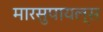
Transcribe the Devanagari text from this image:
मारसुपायल्स